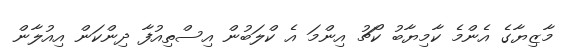
މާޒިޔާގެ އެންމެ ކާމިޔާބު ކޯޗު އިންމަ އެ ކްލަބުން އިސްތިއުފާ ދިންކަން އިއުލާން